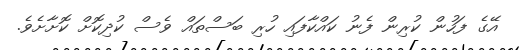
އޭގެ ފަހުން ކުރިން ފެނު ކައްކާފައި ހުރި ބަސްތައް ވެސް ކުދިކޮށް ކޮށާށެވެ.